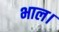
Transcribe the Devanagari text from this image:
भाल।